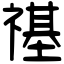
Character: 禥